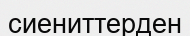
сиениттерден